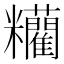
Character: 𥽼